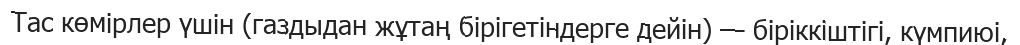
Тас көмірлер үшін (газдыдан жұтаң бірігетіндерге дейін) — біріккіштігі, күмпиюі,